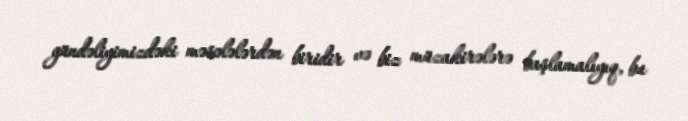
gündəliyimizdəki məsələlərdən biridir və biz müzakirələrə başlamalıyıq, bu